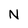
Character: N